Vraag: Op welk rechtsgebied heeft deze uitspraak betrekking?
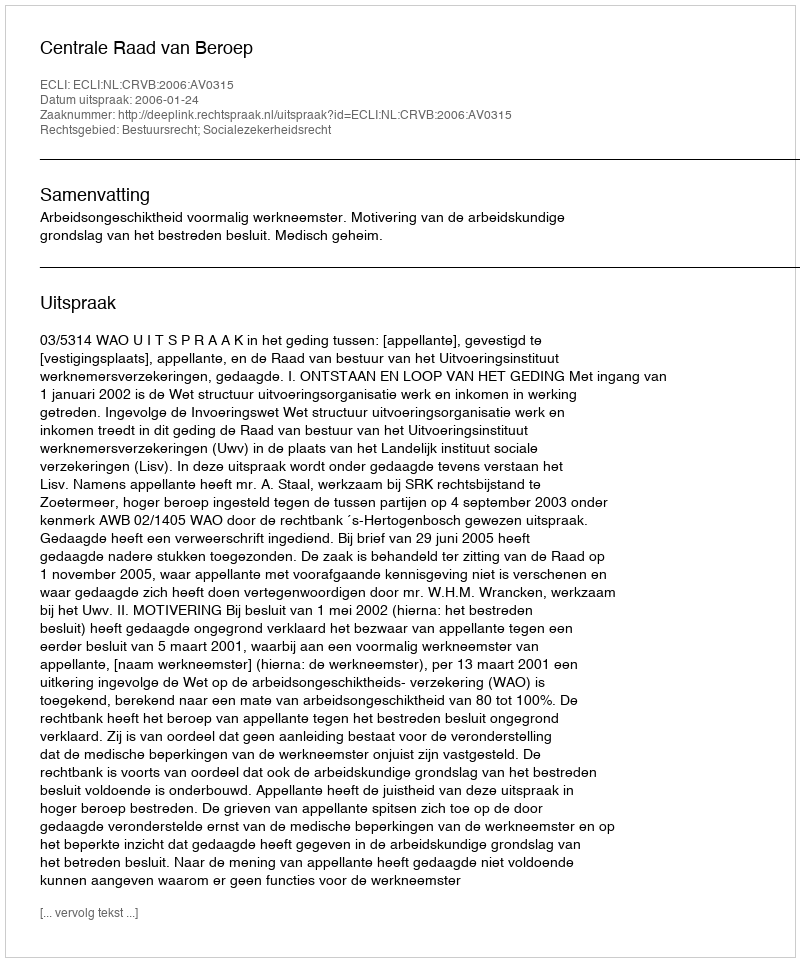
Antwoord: Bestuursrecht; Socialezekerheidsrecht